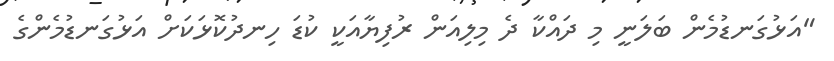
"އަޅުގަނޑުމެން ބަލަނީ މި ދައްކާ ދެ މިލިއަން ރުފިޔާއަކީ ކުޑަ ހިނދުކޮޅަކަށް އަޅުގަނޑުމެންގެ